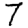
Digit: 7